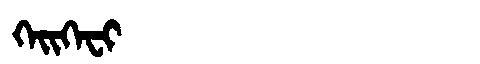
Manchu: ᡴᡝᡳᡴᡝᠸᡳ
Romanization: KEIKEFI